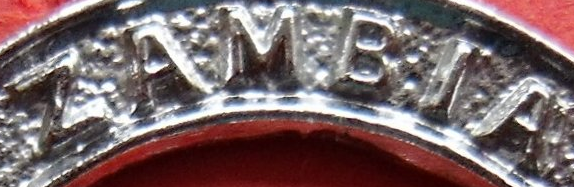
ZAMBIA